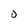
Character: O